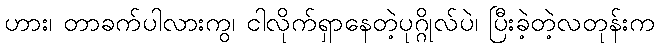
ဟား၊ တာခက်ပါလားကွ၊ ငါလိုက်ရှာနေတဲ့ပုဂ္ဂိုလ်ပဲ၊ ပြီးခဲ့တဲ့လတုန်းက